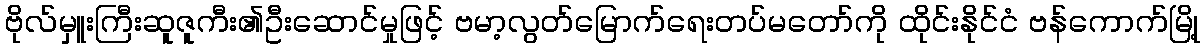
ဗိုလ်မှူးကြီးဆူဇူကီး၏ဦးဆောင်မှုဖြင့် ဗမာ့လွတ်မြောက်ရေးတပ်မတော်ကို ထိုင်းနိုင်ငံ ဗန်ကောက်မြို့